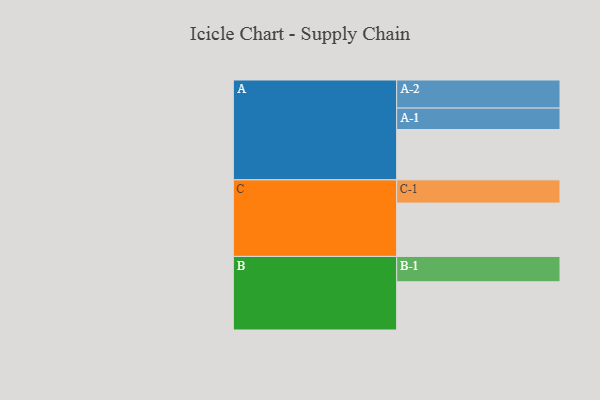
{"axis": {"x": "Segment", "y": "Value"}, "legend": ["", "A", "B", "C"], "data": [{"x": "A", "y": 473, "type": ""}, {"x": "B", "y": 453, "type": ""}, {"x": "C", "y": 501, "type": ""}, {"x": "A-1", "y": 201, "type": "A"}, {"x": "A-2", "y": 264, "type": "A"}, {"x": "B-1", "y": 238, "type": "B"}, {"x": "C-1", "y": 218, "type": "C"}]}